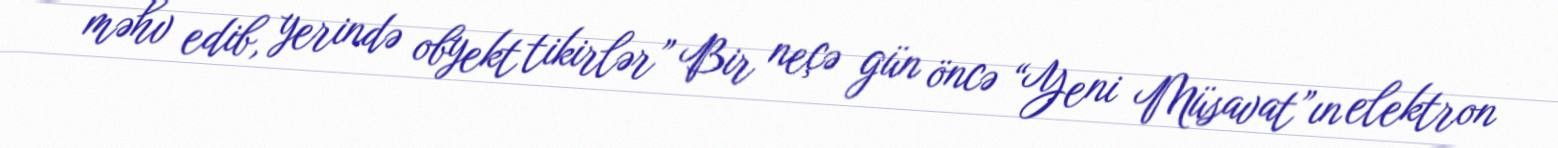
məhv edib, yerində obyekt tikirlər” Bir neçə gün öncə “Yeni Müsavat”ın elektron